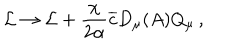
{ \cal L } \rightarrow { \cal L } + \frac { \chi } { 2 \alpha } \overline { { { c } } } D _ { \mu } ( A ) Q _ { \mu } \, ,